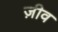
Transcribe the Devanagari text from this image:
ज़ीव